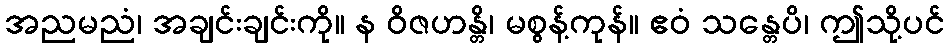
အညမညံ၊ အချင်းချင်းကို။ န ဝိဇဟန္တိ၊ မစွန့်ကုန်။ ဧဝံ သန္တေပိ၊ ဤသို့ပင်